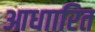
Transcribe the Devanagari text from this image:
आधाारित